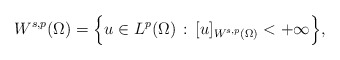
\begin{align*}W^{s,p}(\Omega)=\Big\{u\in L^p(\Omega)\, :\, [u]_{W^{s,p}(\Omega)}<+\infty\Big\},\end{align*}